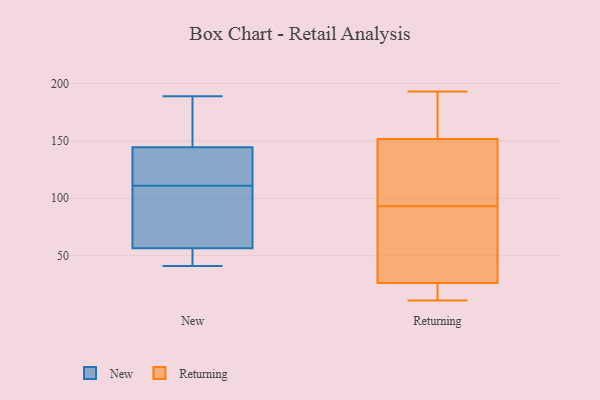
{"axis": {"x": "Website Visitors", "y": "Value"}, "legend": ["New", "Returning"], "data": [{"x": "", "y": 57, "type": "New"}, {"x": "", "y": 134, "type": "New"}, {"x": "", "y": 111, "type": "New"}, {"x": "", "y": 155, "type": "New"}, {"x": "", "y": 111, "type": "New"}, {"x": "", "y": 189, "type": "New"}, {"x": "", "y": 85, "type": "New"}, {"x": "", "y": 41, "type": "New"}, {"x": "", "y": 56, "type": "New"}, {"x": "", "y": 167, "type": "New"}, {"x": "", "y": 49, "type": "New"}, {"x": "", "y": 122, "type": "New"}, {"x": "", "y": 30, "type": "Returning"}, {"x": "", "y": 133, "type": "Returning"}, {"x": "", "y": 25, "type": "Returning"}, {"x": "", "y": 193, "type": "Returning"}, {"x": "", "y": 93, "type": "Returning"}, {"x": "", "y": 165, "type": "Returning"}, {"x": "", "y": 13, "type": "Returning"}, {"x": "", "y": 158, "type": "Returning"}, {"x": "", "y": 68, "type": "Returning"}, {"x": "", "y": 131, "type": "Returning"}, {"x": "", "y": 11, "type": "Returning"}]}